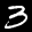
Label: 3